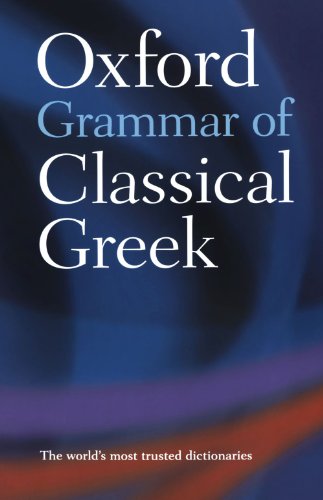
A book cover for Oxford Grammar of Classical Greek; James Morwood; Teen & Young Adult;